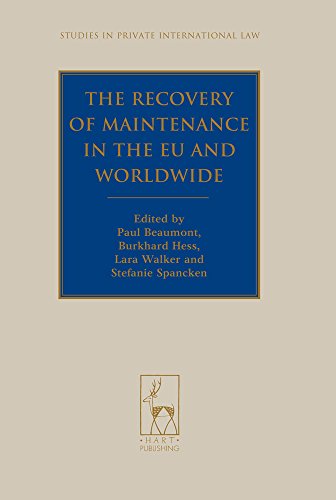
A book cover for The Recovery of Maintenance in the EU and Worldwide (Studies in Private International Law); Law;